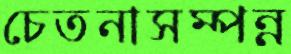
চেতনাসম্পন্ন